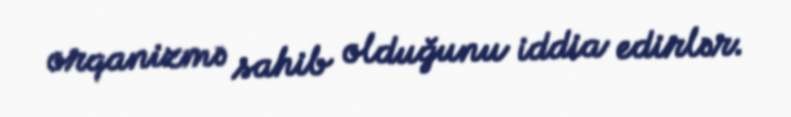
orqanizmə sahib olduğunu iddia edirlər.